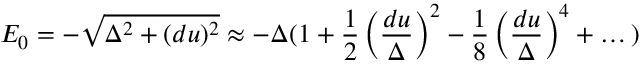
E _ { 0 } = - \sqrt { \Delta ^ { 2 } + ( d u ) ^ { 2 } } \approx - \Delta ( 1 + \frac { 1 } { 2 } \left( \frac { d u } { \Delta } \right) ^ { 2 } - \frac { 1 } { 8 } \left( \frac { d u } { \Delta } \right) ^ { 4 } + \dots )